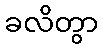
ခလိတွာ